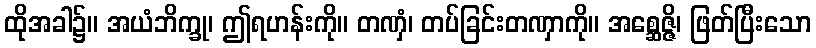
ထိုအခါ၌။ အယံဘိက္ခု၊ ဤရဟန်းကို။ တဏှံ၊ တပ်ခြင်းတဏှာကို။ အစ္ဆေဇ္ဇိ၊ ဖြတ်ပြီးသော